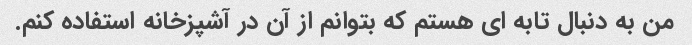
من به دنبال تابه ای هستم که بتوانم از آن در آشپزخانه استفاده کنم.